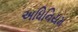
અધિનિયમ